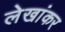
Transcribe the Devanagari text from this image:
लेखांकर